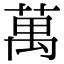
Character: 萬